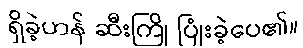
ရှိခဲ့ဟန် ဆီးကြို ပြုံးခဲ့ပေ၏။